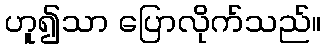
ဟူ၍သာ ပြောလိုက်သည်။